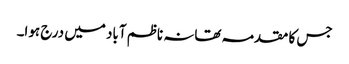
جس کا مقدمہ تھانہ ناظم آباد میں درج ہوا۔